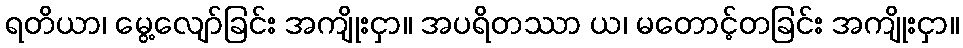
ရတိယာ၊ မွေ့လျော်ခြင်း အကျိုးငှာ။ အပရိတဿာ ယ၊ မတောင့်တခြင်း အကျိုးငှာ။